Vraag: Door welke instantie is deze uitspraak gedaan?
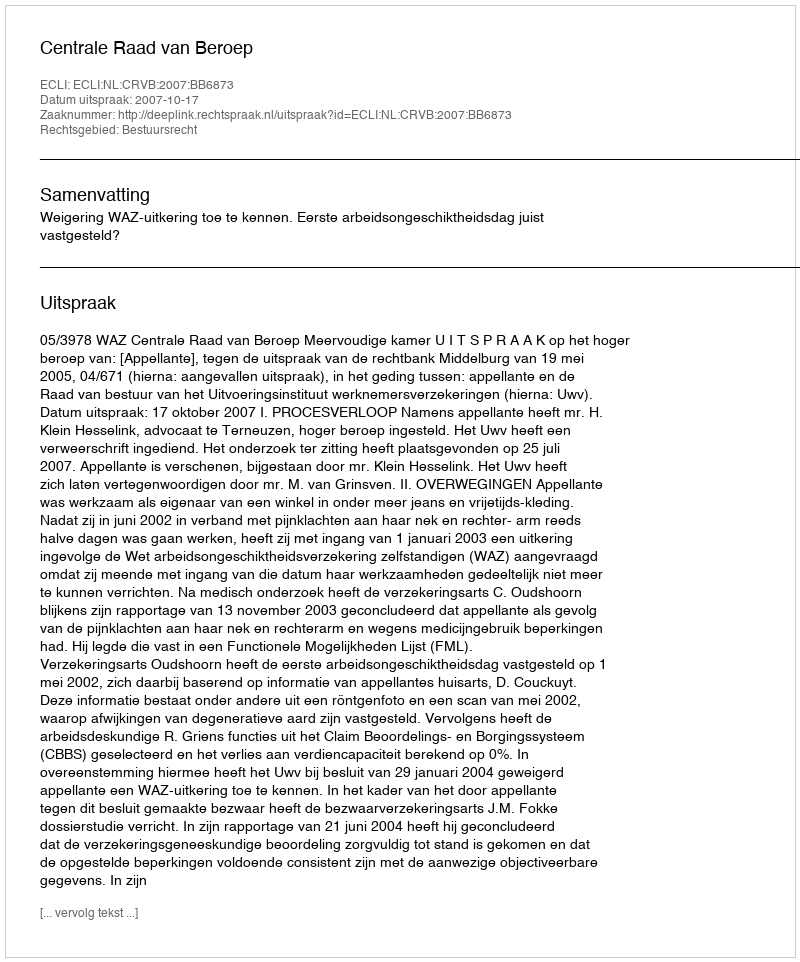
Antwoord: Centrale Raad van Beroep